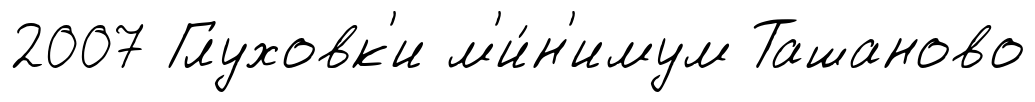
2007 Глуховк'и м'и́н'имум Ташаново